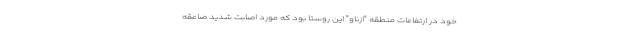
خود در ارتفاعات منطقه "ازناو" این روستا بود که مورد اصابت شدید صاعقه